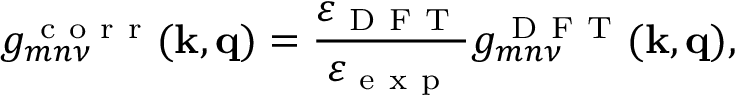
g _ { m n \nu } ^ { \mathrm { ~ c ~ o ~ r ~ r ~ } } ( \mathbf k , \mathbf q ) = \frac { \varepsilon _ { \mathrm { ~ D ~ F ~ T ~ } } } { \varepsilon _ { \mathrm { ~ e ~ x ~ p ~ } } } g _ { m n \nu } ^ { \mathrm { ~ D ~ F ~ T ~ } } ( \mathbf k , \mathbf q ) ,